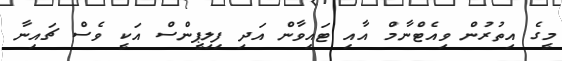
މީގެ އިތުރުން ވިއެޓްނާމް އާއި ޓައިވާން އަދި ފިލިޕީންސް އަކީ ވެސް ޗައިނާ